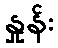
နှုန်း